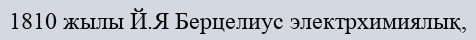
1810 жылы Й.Я Берцелиус электрхимиялық,